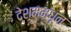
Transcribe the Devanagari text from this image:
देशममधून